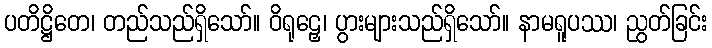
ပတိဋ္ဌိတေ၊ တည်သည်ရှိသော်။ ဝိရုဠှေ၊ ပွားများသည်ရှိသော်။ နာမရူပဿ၊ ညွတ်ခြင်း